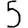
Digit: 5